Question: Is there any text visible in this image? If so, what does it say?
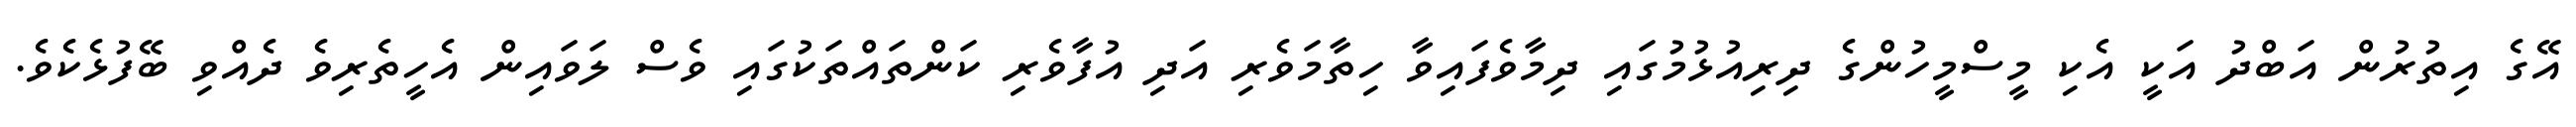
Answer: އޭގެ އިތުރުން އަބްދު އަކީ އެކި މީސްމީހުންގެ ދިރިއުޅުމުގައި ދިމާވެފައިވާ ހިތާމަވެރި އަދި އުފާވެރި ކަންތައްތަކުގައި ވެސް ލަވައިން އެހީތެރިވެ ދެއްވި ބޭފުޅެކެވެ.